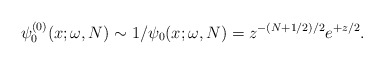
\begin{gather*} \psi _{0}^{(0) }(x;\omega ,N)\sim 1/\psi _{0}(x;\omega ,N)=z^{-(N+1/2)/2}e^{+z/2}.\end{gather*}